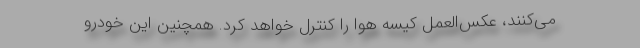
می‌کنند، عکس‌العمل کیسه هوا را کنترل خواهد کرد. همچنين این خودرو